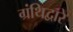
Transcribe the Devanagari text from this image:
ग्रंथिद्वारे